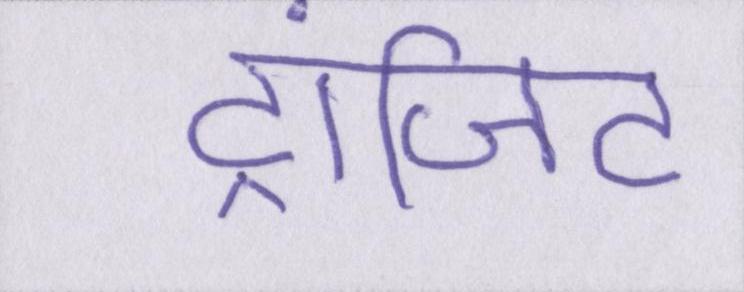
ट्रांजिट